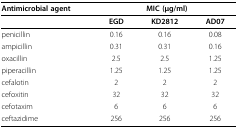
| Antimicrobial agent | <COLSPAN=3> MIC (μg/ml) |
 | --- | --- | --- | --- |
 |  | EGD | KD2812 | AD07 |
 | penicillin | 0.16 | 0.16 | 0.08 |
 | ampicillin | 0.31 | 0.31 | 0.16 |
 | oxacillin | 2.5 | 2.5 | 1.25 |
 | piperacillin | 1.25 | 1.25 | 1.25 |
 | cefalotin | 2 | 2 | 2 |
 | cefoxitin | 32 | 32 | 32 |
 | cefotaxim | 6 | 6 | 6 |
 | ceftazidime | 256 | 256 | 256 |